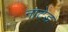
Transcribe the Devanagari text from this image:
नाटेड